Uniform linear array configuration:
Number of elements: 8
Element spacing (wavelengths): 1
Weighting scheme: binomial
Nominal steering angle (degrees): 60
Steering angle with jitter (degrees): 59.543
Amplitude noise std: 0.05
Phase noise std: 0.05

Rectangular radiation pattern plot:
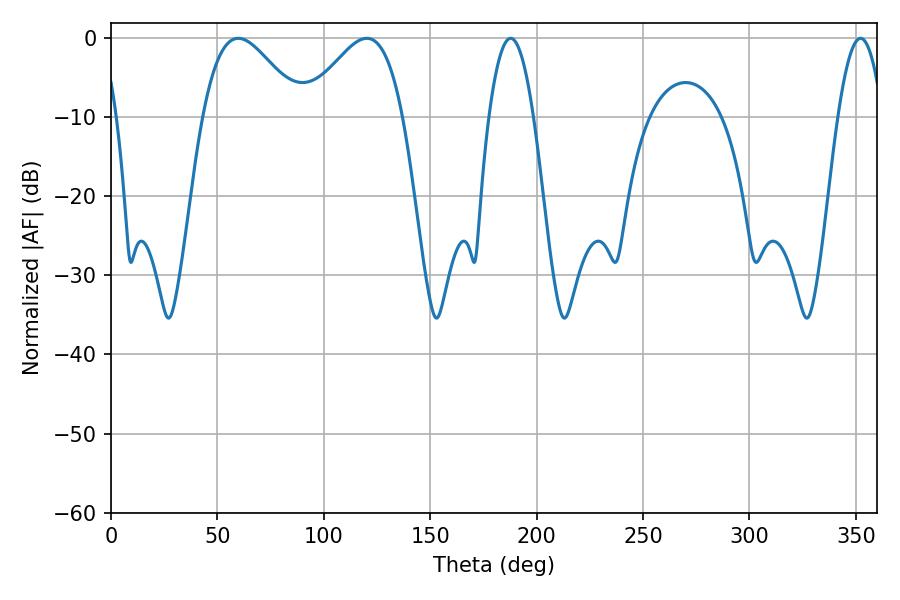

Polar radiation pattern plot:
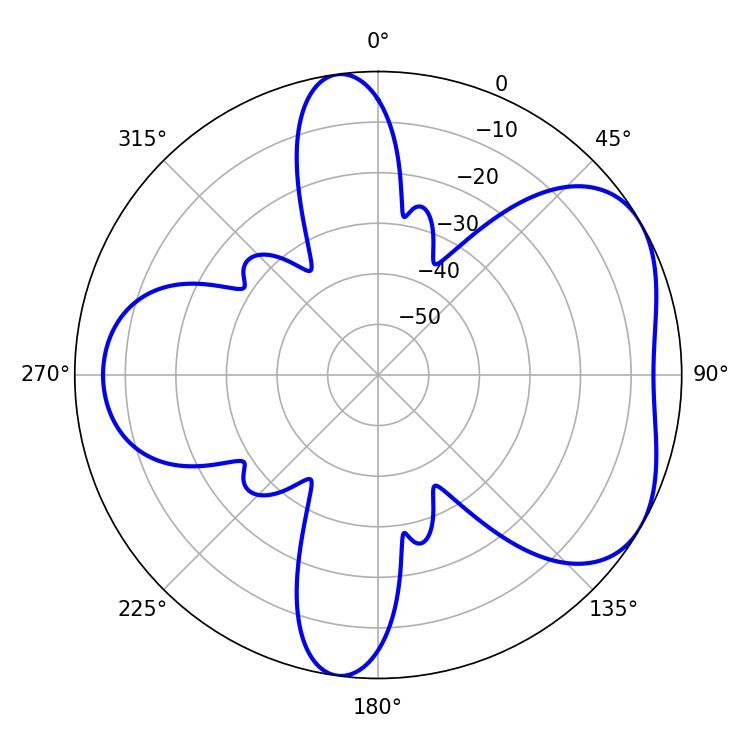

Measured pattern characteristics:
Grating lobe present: TRUE
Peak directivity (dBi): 4.907
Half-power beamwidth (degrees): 24.84
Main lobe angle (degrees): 59.76